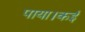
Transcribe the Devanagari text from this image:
पाया।कई